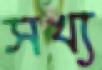
সখ্য